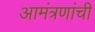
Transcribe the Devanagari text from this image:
आमंत्रणांची